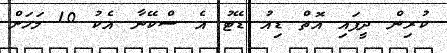
ކުރިން ދީފައި އޮތް ޑިއު ޑޭޓު އެ ސްކޭނާ އެކު 10 މަހަށް